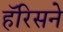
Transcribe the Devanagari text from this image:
हॅरिसने